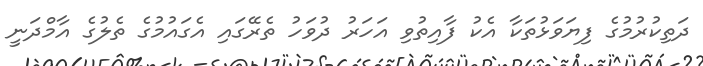
ދަތިކުރުމުގެ ފިޔަވަޅުތަކާ އެކު ފާއިތުވި އަހަރު ދުވަހު ތެރޭގައި އެގައުމުގެ ތެލުގެ އާމްދަނީ